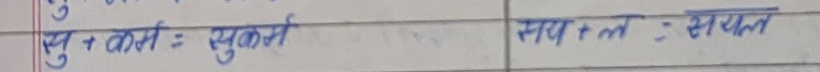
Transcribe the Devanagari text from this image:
सु + कर्ता = सुकर्ता
सय + त = संयत